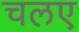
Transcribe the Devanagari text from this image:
चलए